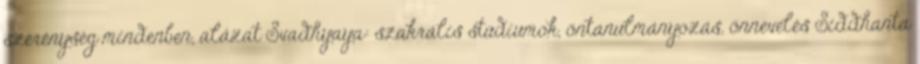
szerénység mindenben, alázat Svadhyaya: szakrális stúdiumok, öntanulmányozás, önnevelés Siddhanta